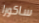
ساكورا